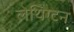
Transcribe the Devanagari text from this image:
लेथिंग्टन